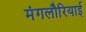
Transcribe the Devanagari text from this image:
मंगलौरियाई